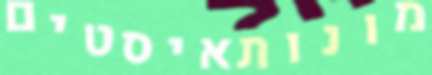
מונותאיסטים